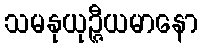
သမနုယုဉ္ဇီယမာနော